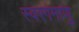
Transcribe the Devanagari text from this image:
स्वरगमाणु